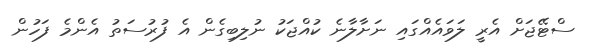
ސްޓޭޖަށް އެރީ ލަވައެއްގައި ނަށާލާނެ ކުއްޖަކު ނުލިބިގެން އެ ފުރުސަތު އެންމެ ފަހުން